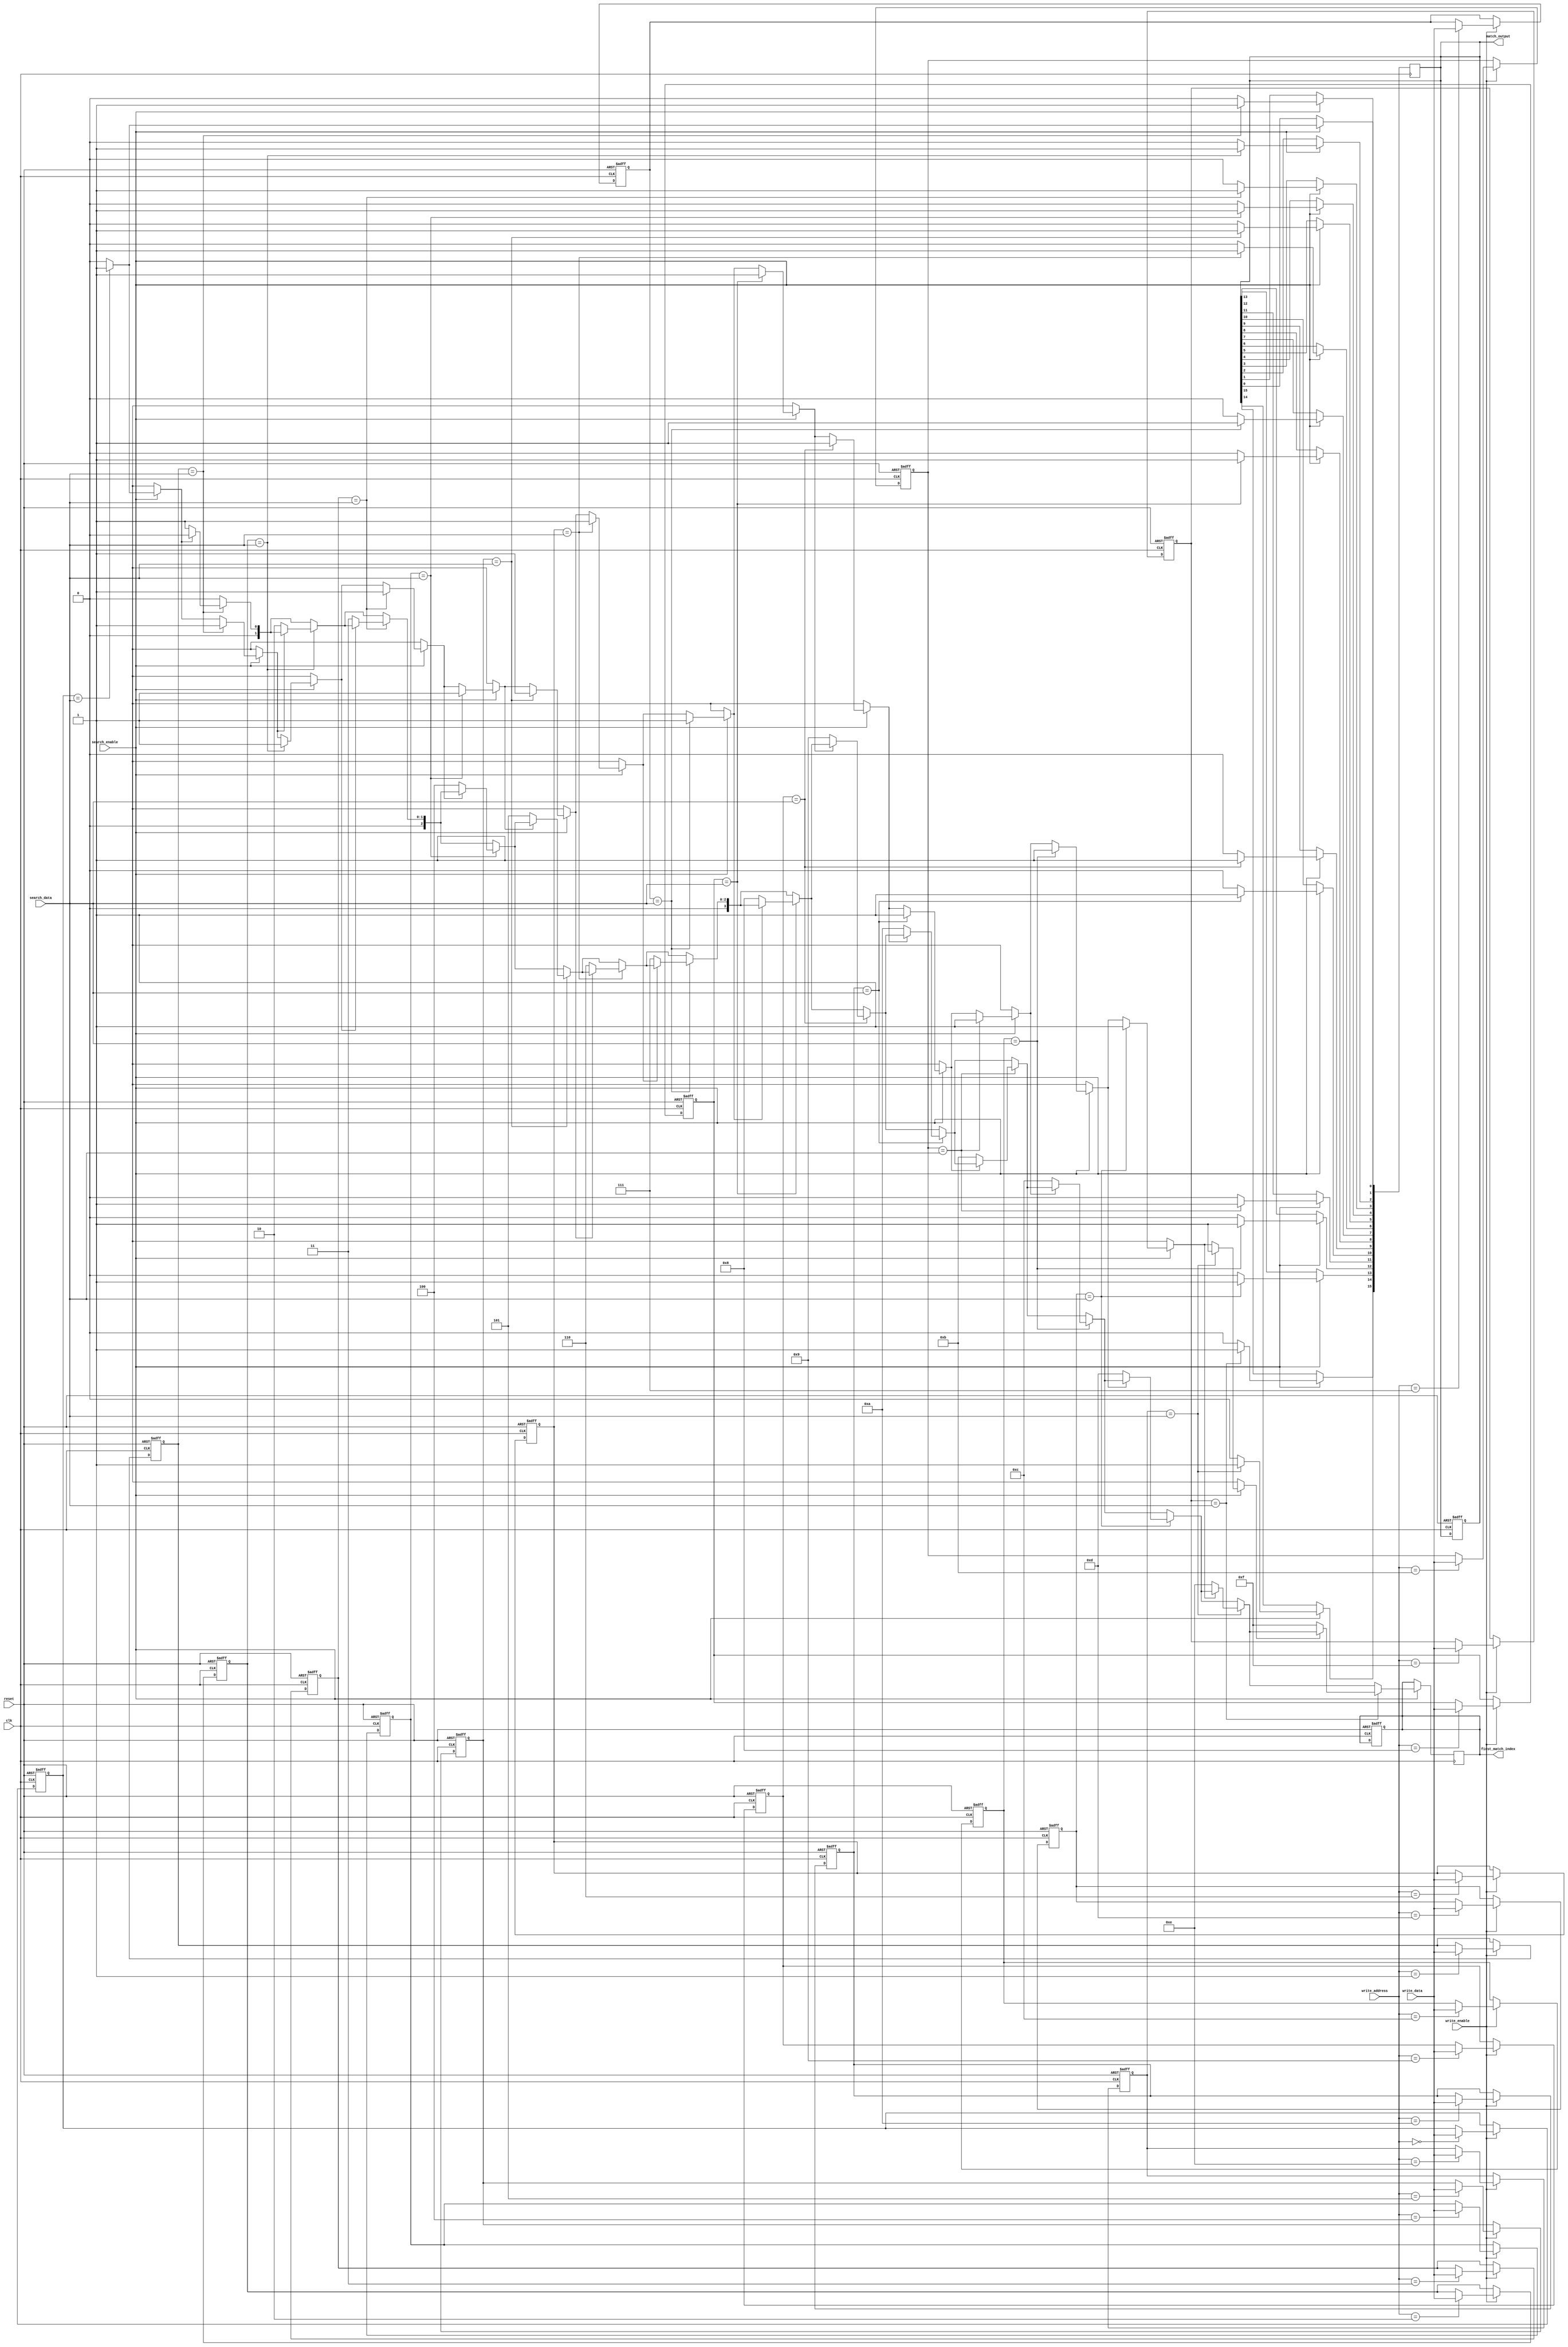
module row_based_cam #(
    parameter WORD_SIZE = 8,      // Configurable word size (in bits)
    parameter NUM_ENTRIES = 16     // Number of entries in the CAM
)(
    input wire clk,
    input wire reset,
    input wire write_enable,
    input wire search_enable,
    input wire [WORD_SIZE-1:0] write_data,
    input wire [WORD_SIZE-1:0] search_data,
    input wire [$clog2(NUM_ENTRIES)-1:0] write_address,
    output reg [NUM_ENTRIES-1:0] match_output,
    output reg [$clog2(NUM_ENTRIES)-1:0] first_match_index
);

    // Memory array to store CAM entries
    reg [WORD_SIZE-1:0] cam_memory [0:NUM_ENTRIES-1];

    // Internal signals
    integer i;
    reg found;

    // Write operation
    always @(posedge clk or posedge reset) begin
        if (reset) begin
            // Clear all entries
            for (i = 0; i < NUM_ENTRIES; i = i + 1) begin
                cam_memory[i] <= {WORD_SIZE{1'b0}};
            end
            match_output <= {NUM_ENTRIES{1'b0}};
            first_match_index <= {($clog2(NUM_ENTRIES)){1'b0}};
        end else if (write_enable) begin
            // Write data to specified address
            cam_memory[write_address] <= write_data;
        end
    end

    // Search operation
    always @(posedge clk) begin
        if (search_enable) begin
            match_output <= {NUM_ENTRIES{1'b0}}; // Clear previous match output
            found = 1'b0; // Reset found flag
            first_match_index = {($clog2(NUM_ENTRIES)){1'b0}}; // Reset first match index

            // Compare input data with all CAM entries
            for (i = 0; i < NUM_ENTRIES; i = i + 1) begin
                if (cam_memory[i] == search_data) begin
                    match_output[i] <= 1'b1; // Set match signal for this entry
                    if (!found) begin
                        first_match_index <= i; // Store the index of the first match
                        found = 1'b1; // Set found flag
                    end
                end
            end
        end
    end

endmodule